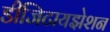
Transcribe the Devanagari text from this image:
डीजिटायझेशन